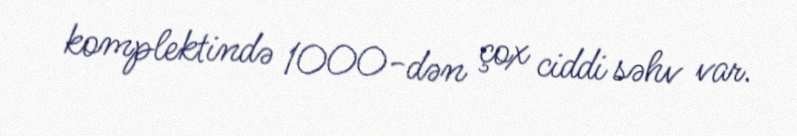
komplektində 1000-dən çox ciddi səhv var.